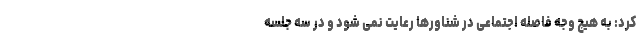
کرد: به هیچ وجه فاصله اجتماعی در شناورها رعایت نمی شود و در سه جلسه